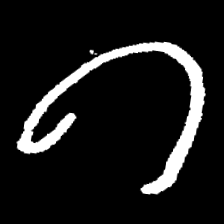
Pyu character \u2014 Myanmar letter: ဂ (romanized: ga)